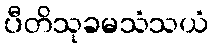
ပီတိသုခမသံသယံ